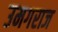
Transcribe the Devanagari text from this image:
उमगराज